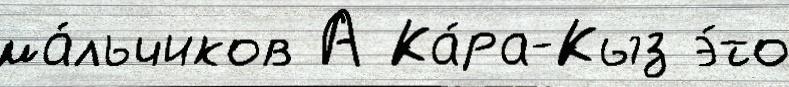
ма́льчиков А Ка́ра-Кыз э́то